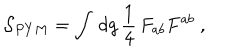
{ \cal S } _ { P Y M } = \int \, \mathrm { d } g \, \frac { 1 } { 4 } \, F _ { a b } F ^ { a b } ~ ,